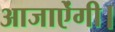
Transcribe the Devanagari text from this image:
आजाऐंगी।